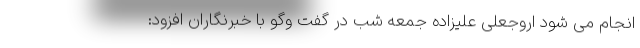
انجام می شود اروجعلی علیزاده جمعه شب در گفت وگو با خبرنگاران افزود: